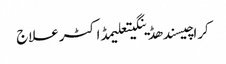
کراچیسندھڈینگیتعلیمڈاکٹرعلاج